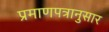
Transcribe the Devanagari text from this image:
प्रमाणपत्रानुसार